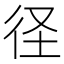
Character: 径